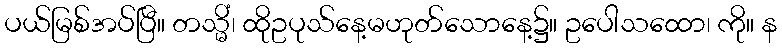
ပယ်မြစ်အပ်ပြီ။ တသ္မိံ၊ ထိုဥပုသ်နေ့မဟုတ်သောနေ့၌။ ဥပေါသထော၊ ကို။ န